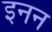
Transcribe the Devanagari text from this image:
इनन